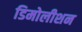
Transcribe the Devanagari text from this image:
डिमोलीशन